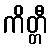
ကိတ္တီ